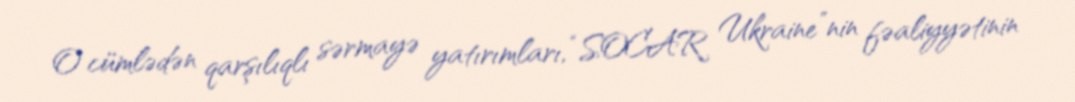
O cümlədən qarşılıqlı sərmayə yatırımları, “SOCAR Ukraine”nin fəaliyyətinin